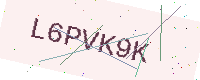
Text: L6PVK9K